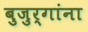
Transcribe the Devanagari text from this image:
बुजुर्गांना